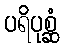
ပရိပုစ္ဆံ